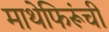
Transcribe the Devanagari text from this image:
माथेफिरूंची